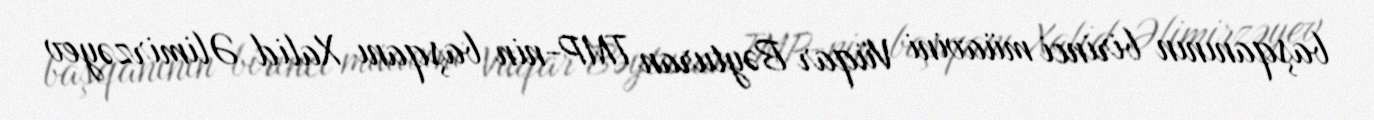
başqanının birinci müavini Vüqar Bəyturan TMP-nin başqanı Xalid Əlimirzəyev